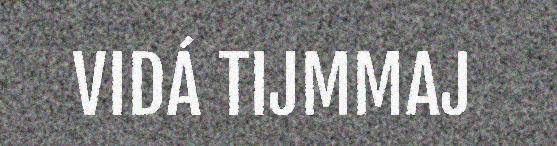
VIDÁ TIJMMAJ